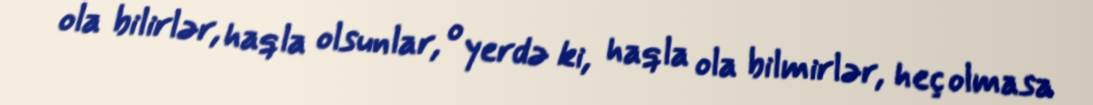
ola bilirlər, haqla olsunlar, o yerdə ki, haqla ola bilmirlər, heç olmasa